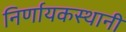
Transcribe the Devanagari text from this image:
निर्णायकस्थानी